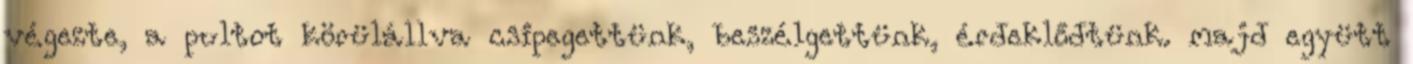
végezte, a pultot körülállva csipegettünk, beszélgettünk, érdeklődtünk. majd együtt